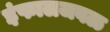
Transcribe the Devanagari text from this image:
इंफालजवळ